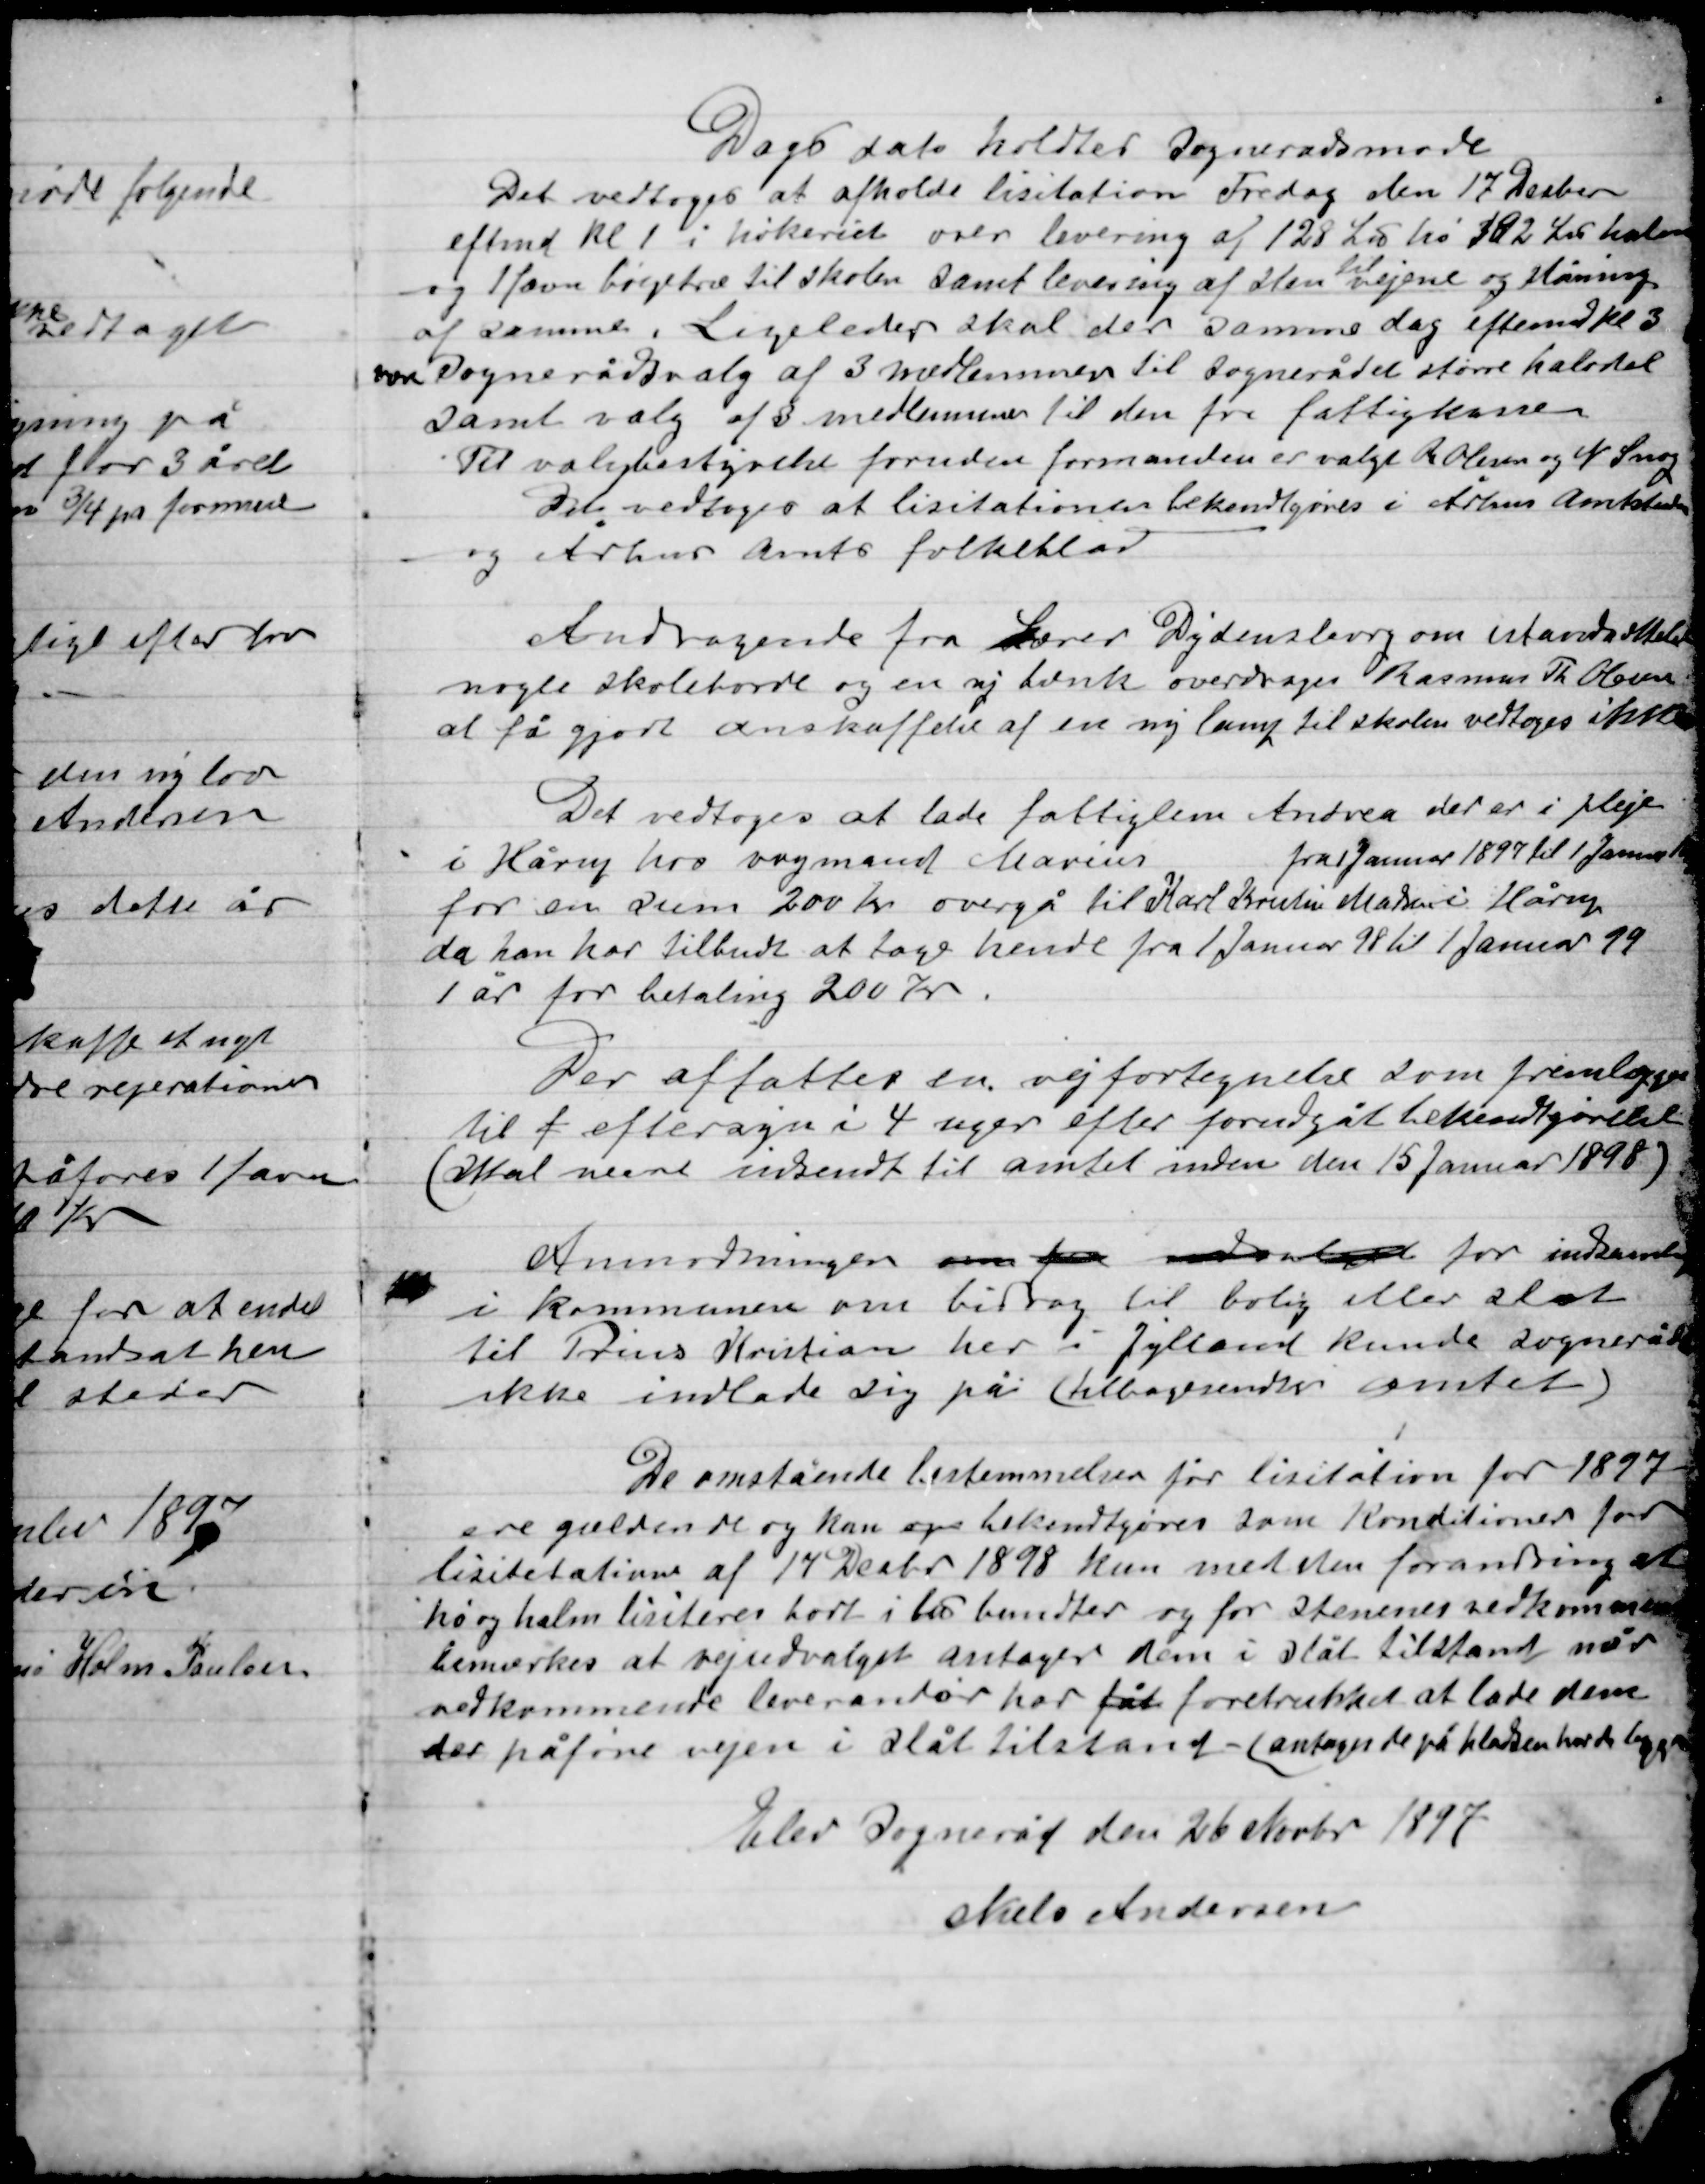
Transskription:
Dags dato holdtes Sognerådsmøde
Det vedtoges at afholde licitation Fredag den 17 December
eftmd. Kl. 1 i hvilket over levering af 128 Læs hø 182 Læs halm
og 1 favn bøgetræ til skolen samt levering af sten
til
vejene og slåning
af samme. Ligeledes skal der samme dag eftermid. Kl. 3
være Sognerådsvalg af 3 medlemmer til Sognerådet større halvdel
samt valg af 3 medlemmer til den fra fattigkassen.
Til valgbestyrelse foruden formanden er valgt R. Holm og N. Snog
Det vedtoges at licitationen bekendtgøres i Århus Amtskreds
og Århus Amts folkeblad.

Andragende fra Lærer Dydensborg om istandsættelse
nogle skoleborde og en ny bænk overdroges Rasmus Th. Olsen
at få gjort anskaffelsen af en ny lang til skolen vedtoges ikke.

Det vedtoges at lade fattiglem Andrea der er i pleje
I Hårup hos vognmand Marius
fra 1 Januar 1897 til 1 Januar 1898
For en sum 200 Kr. overgå til Karl Kresten Madsen i Hårup
da han har tilbudt at tage hende fra 1 Januar 1898 til 1 Januar 1899
1 år for betaling 200 Kr.

Der affattes en vejfortegnelse som fremlægges
Til f eftersyn i 4 uger efter forudgået bekendtgørelse
(skal nærme indsendt til amtet inden den 15 Januar 1898)

Anmodning om for  for indsamling
I Kommunen om bidrag til bolig eller slot
til Prins Kristian her i Jylland kunde Sognerådet
ikke indlade sig på (tilbagesendes amtet).

De ovenstående bestemmelser for licitation for 1897
ere gældende og kan op bekendtgøres som Konditioner for
licitationer af 17 Decbr. 1898 kun med den forandring at
hø og halm liciteres bort i bu bundter og for stenenes vedkommende
bemærkes at vejudvalget antager dem i slåt tilstand når
vedkommende leverandør har fået foretrukket at lade dem
der påfører vejen i slåt tilstand - antagende på pladsen hvor de bruges.

Elev Sogneråd den 26 Novbr. 1897
Niels Andersen